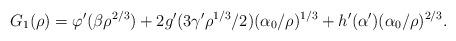
LaTeX: \begin{align*}G_1(\rho)=\varphi'( \beta\rho^{2/3}) +2g'(3\gamma'\rho^{1/3}/2)(\alpha_0/\rho)^{1/3} +h'(\alpha')(\alpha_0/\rho)^{2/3}.\end{align*}